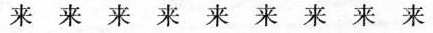
来来来来来来来来来